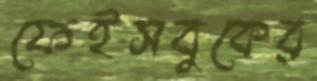
ফেইসবুকের